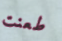
طعنت